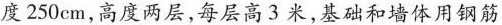
度250cm,高度两层,每层高3米,基础和墙体用钢筋